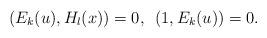
LaTeX: \begin{align*}(E_k(u), H_l(x))=0, \,\ (1, E_k(u))=0. \end{align*}